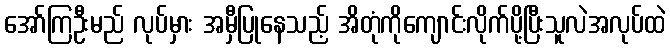
အော်ကြဦးမည် လုပ်မှား အမှီပြုနေသည့် အိတုံကိုကျောင်းလိုက်ပို့ပြီးသူလဲအလုပ်ထဲ